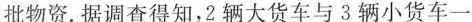
批物资。据调查得知，2辆大货车与3辆小货车一